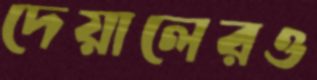
দেয়ালেরও